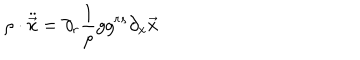
LaTeX: \rho \cdot { \ddot { \vec { x } } } = \partial _ { r } \frac { 1 } { \rho } g g ^ { r s } \partial _ { x } \vec { x }